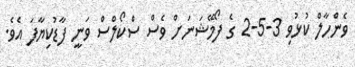
ވެންހާލް ކުޅުވި 3-5-2 ގެ ފޯމޭޝަނަށް ވެސް ސްކޯލްސް ވަނީ ފާޑުކިޔާފަ އެވެ.